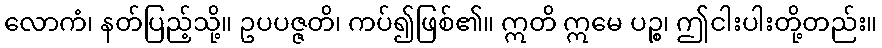
လောကံ၊ နတ်ပြည့်သို့။ ဥပပဇ္ဇတိ၊ ကပ်၍ဖြစ်၏။ ဣတိ ဣမေ ပဉ္စ၊ ဤငါးပါးတို့တည်း။